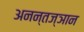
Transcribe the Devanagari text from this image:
अनन्तज्ञान